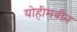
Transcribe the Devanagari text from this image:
योहीमबीन